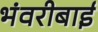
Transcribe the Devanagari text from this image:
भंवरीबाई